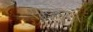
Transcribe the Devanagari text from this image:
साइड्स।